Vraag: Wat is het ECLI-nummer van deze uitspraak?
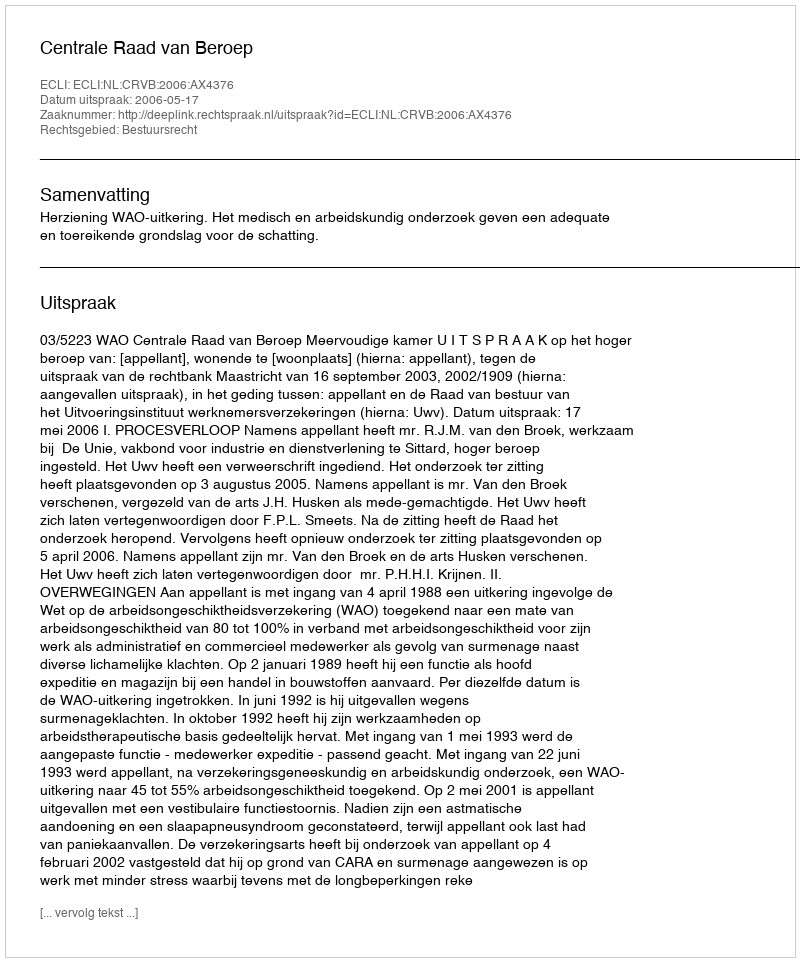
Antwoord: ECLI:NL:CRVB:2006:AX4376